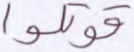
قوتلوا